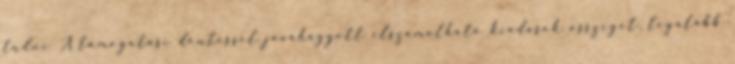
tudni A támogatási döntéssel jóváhagyott elszámolható kiadások összegét, legalább